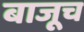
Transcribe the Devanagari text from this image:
बाजूच